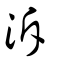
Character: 㴑